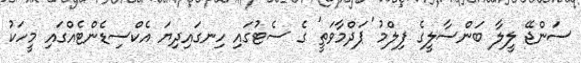
ސަންޖޭ ލީލާ ބަންސާލީގެ ފިލްމު 'ޕަދްމާވަތީ' ގެ ސެޓުގައި ހިނގައިދިޔަ އެކްސިޑެންޓެއްގައި މީހަކު